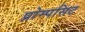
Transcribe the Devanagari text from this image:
प्रोम्पसिट